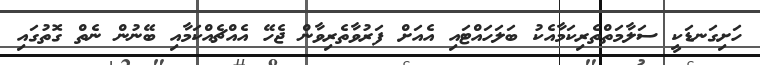
ހަށިގަނޑަކީ ސަލާމަތްތެރިކަމާއެކު ބަލަހައްޓައި އެއަށް ފަރުވާތެރިވާން ޖެހޭ އެއްޗެއްކަމާއި ބޭނުން ނެތް ގޮތުގައި